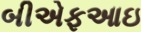
બીએફઆઇ